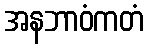
အနဘာဝံကတံ